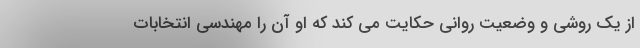
از یک روشی و وضعیت روانی حکایت می کند که او آن را مهندسی انتخابات